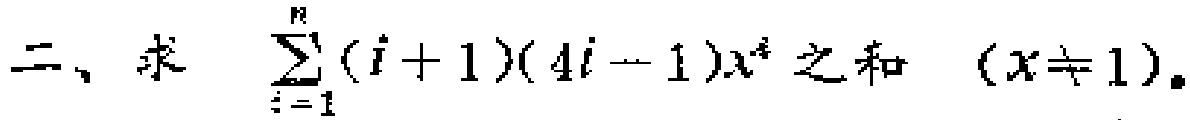
二、求 $\sum_{i = 1}^{n}(i + 1)(4i - 1)x^{i}$ 之和 $(x\neq 1)$。